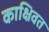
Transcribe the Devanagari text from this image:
काक्षिवत